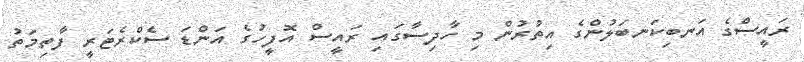
ރައީސްގެ އަނބިކަނބަލުންގެ އިތުރުން މި ހާދިސާގައި ރައީސް އޮފީހުގެ އަންޑަ ސެކްރެޓަރީ ފާތިމަތު